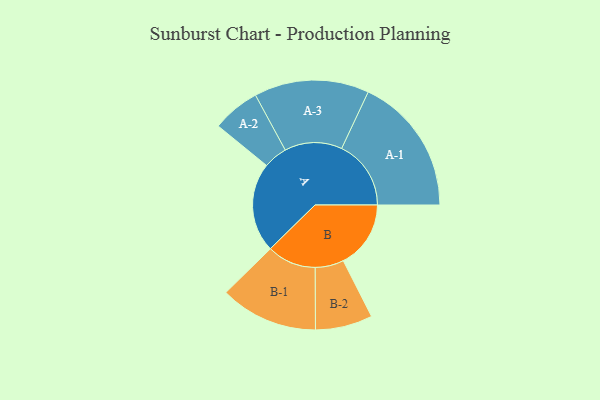
{"axis": {"x": "Segment", "y": "Value"}, "legend": ["", "A", "B"], "data": [{"x": "A", "y": 382, "type": ""}, {"x": "B", "y": 288, "type": ""}, {"x": "A-1", "y": 296, "type": "A"}, {"x": "A-2", "y": 102, "type": "A"}, {"x": "A-3", "y": 245, "type": "A"}, {"x": "B-1", "y": 209, "type": "B"}, {"x": "B-2", "y": 122, "type": "B"}]}